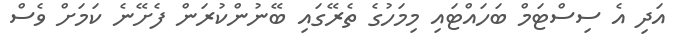
އަދި އެ ސިސްޓަމް ބަހައްޓައި މިމަހުގެ ތެރޭގައި ބޭނުންކުރަން ފެށޭނެ ކަމަށް ވެސް